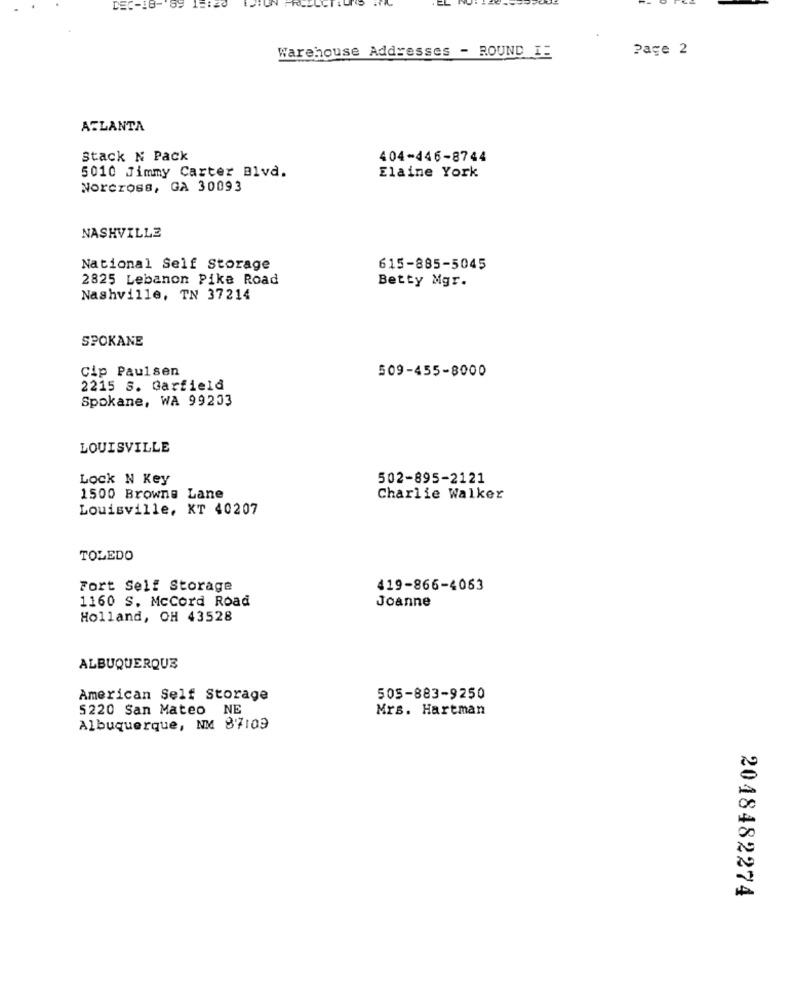
. EL
Warehouse Addresses - ROUND IE
Page 2
ATLANTA
Stack N Pack
404-446-8744
5010 Jimmy Carter Blvd.
Elaine York
Norcross, GA 30093
NASHVILLE
National Self Storage
615-885-5045
2825 Lebanon Pike Road
Betty Mgr.
Nashville, TN 37214
SPOKANE
Cip Paulsen
509-455-8000
2215 s. Garfield
Spokane, WA 99203
LOUISVILLE
Lock N Key
502-895-2121
1500 Browne Lane
Charlie Walker
Louisville, KT 40207
TOLEDO
Fort Self Storage
419-866-4063
1160 S. McCord Road
Joanne
Holland, OH 43528
ALBUQUERQUE
American Self Storage
505-883-9250
5220 San Mateo NE
Mrs. Hartman
Albuquerque, NM 87109
2018482274